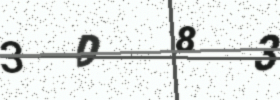
Text: 3D83